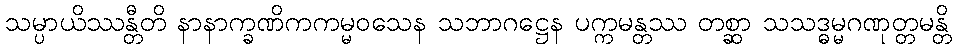
သမ္ပာယိဿန္တီတိ နာနာက္ခဏိကကမ္မဝသေန သဘာဂဋ္ဌေန ပက္ကမန္တဿ တစ္ဆာ သသဒ္ဓမ္မဂဏုတ္တမန္တိ